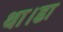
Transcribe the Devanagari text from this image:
था।डा